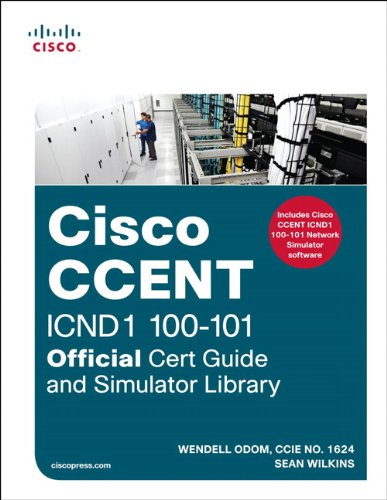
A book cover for CCENT ICND1 100-101 Official Cert Guide and Simulator Library; Wendell Odom; Computers & Technology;